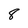
Character: 8